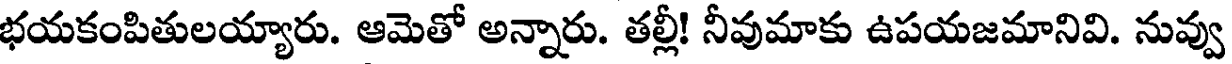
భయకంపితులయ్యారు. ఆమెతో అన్నారు. తల్లీ! నీవుమాకు ఉపయజమానివి. నువ్వు